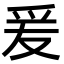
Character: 爰